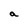
Character: a